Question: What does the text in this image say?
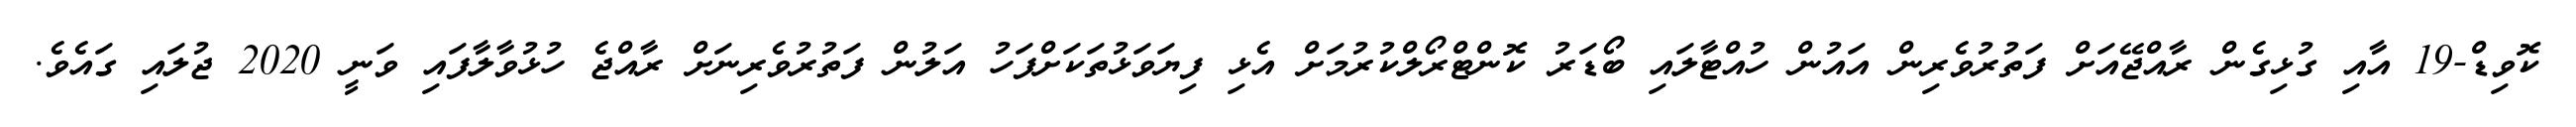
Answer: ކޮވިޑް-19 އާއި ގުޅިގެން ރާއްޖޭއަށް ފަތުރުވެރިން އައުން ހުއްޓާލައި ބޯޑަރު ކޮންޓްރޯލްކުރުމަށް އެޅި ފިޔަވަޅުތަކަށްފަހު އަލުން ފަތުރުވެރިނަށް ރާއްޖެ ހުޅުވާލާފައި ވަނީ 2020 ޖުލައި ގައެވެ.